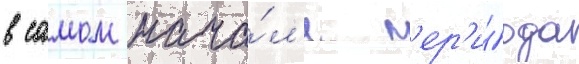
в самом нача́л'е п'ер'и́ода